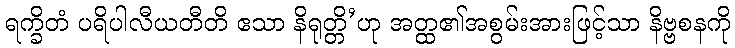
ရက္ခိတံ ပရိပါလီယတီတိ ဧသာ နိရုတ္တိ’ဟု အတ္ထ၏အစွမ်းအားဖြင့်သာ နိဗ္ဗစနကို